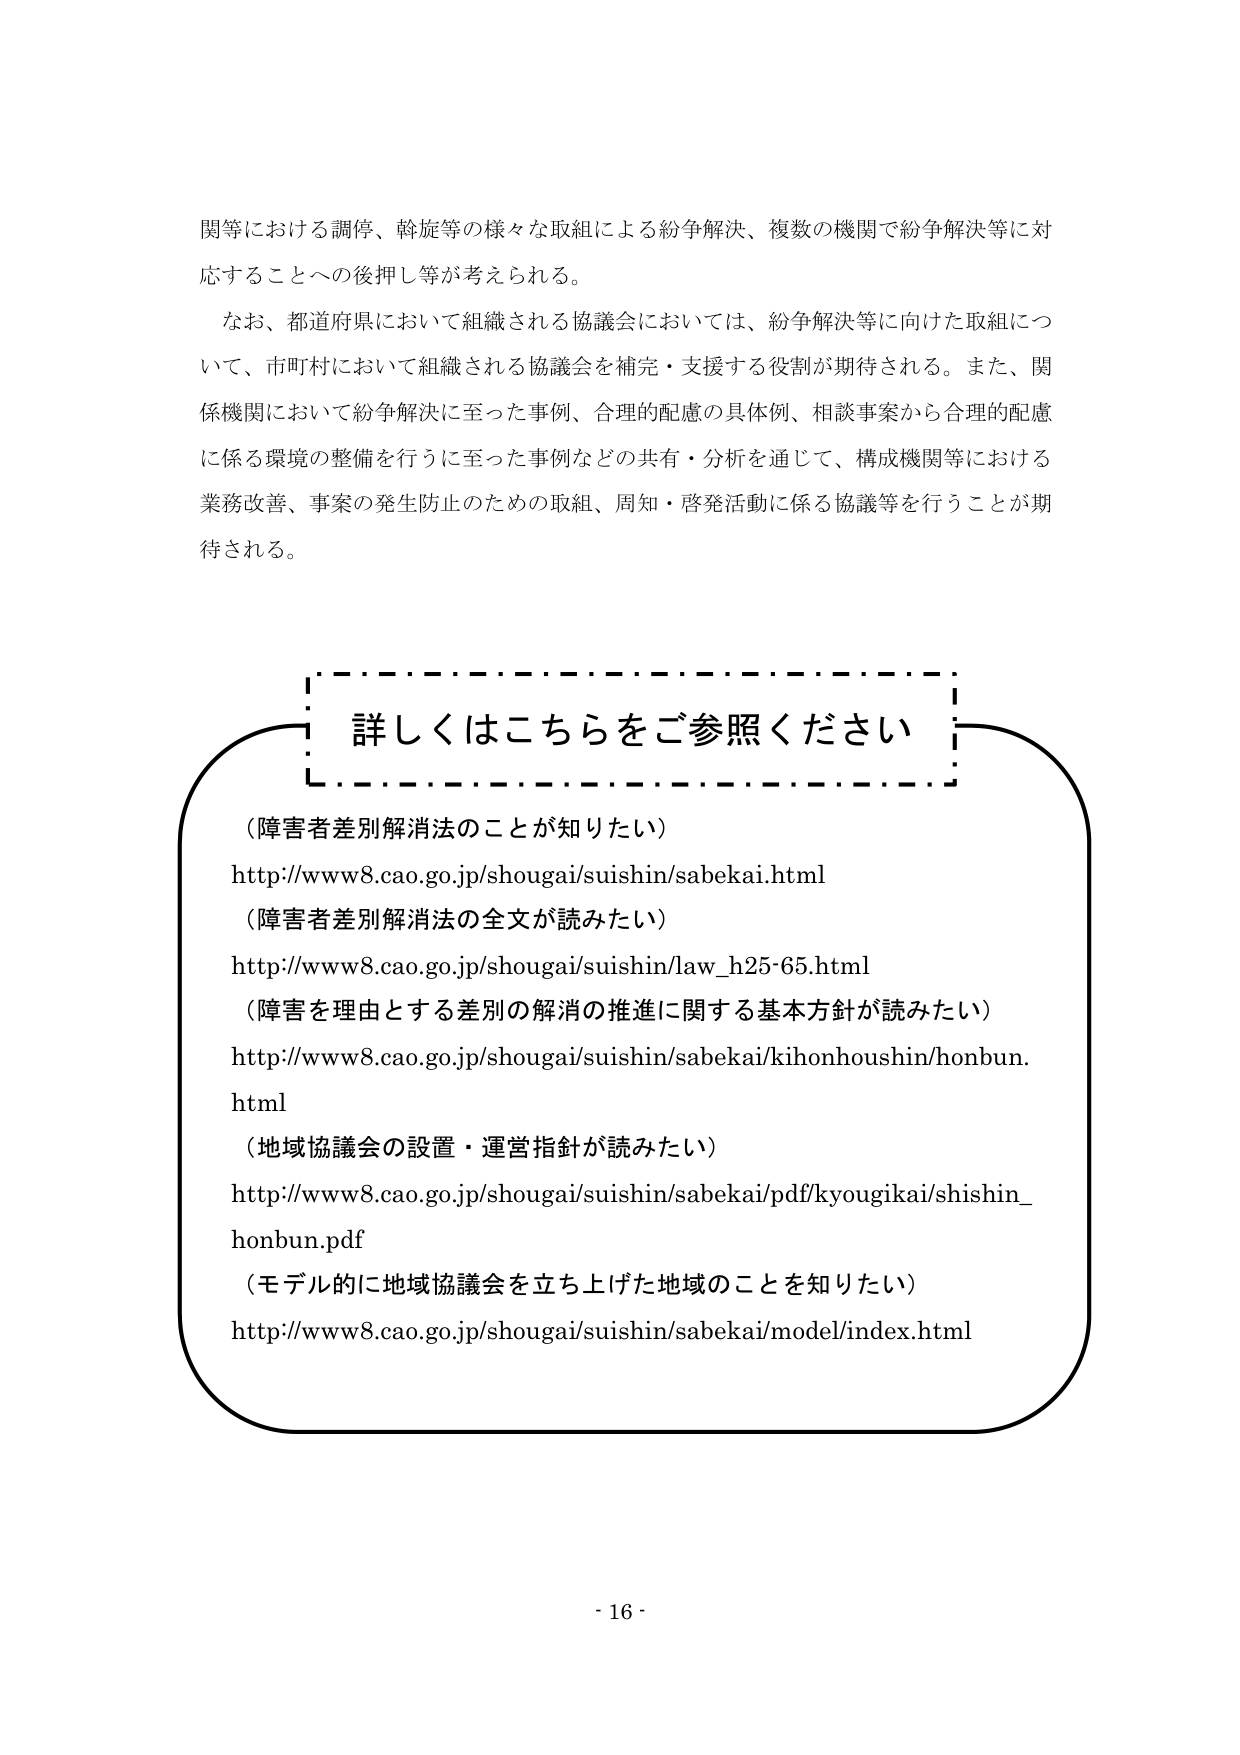
関等における調停、斡旋等の様々な取組による紛争解決、複数の機関で紛争解決等に対応することへの後押し等が考えられる。

なお、都道府県において組織される協議会においては、紛争解決等に向けた取組について、市町村において組織される協議会を補完・支援する役割が期待される。また、関係機関において紛争解決に至った事例、合理的配慮の具体例、相談事案から合理的配慮に係る環境の整備を行うに至った事例などの共有・分析を通じて、構成機関等における業務改善、事案の発生防止のための取組、周知・啓発活動に係る協議等を行うことが期待される。

詳しくはこちらをご参照ください

（障害者差別解消法のことが知りたい）
http://www8.cao.go.jp/shougai/suishin/sabekai.html

（障害者差別解消法の全文が読みたい）
http://www8.cao.go.jp/shougai/suishin/law_h25-65.html

（障害を理由とする差別の解消の推進に関する基本方針が読みたい）
http://www8.cao.go.jp/shougai/suishin/sabekai/kihonhoushin/honbun.html

（地域協議会の設置・運営指針が読みたい）
http://www8.cao.go.jp/shougai/suishin/sabekai/pdf/kyougikai/shishin_honbun.pdf

（モデル的に地域協議会を立ち上げた地域のことを知りたい）
http://www8.cao.go.jp/shougai/suishin/sabekai/model/index.html

- 16 -